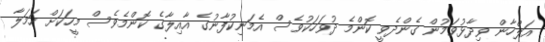
އަލްހާން ވިދާޅުވަމުން ގެންދެވީ ކޮންމެ ދުވަހަކުވެސް އެމަނިކުފާނުގެ އާއިލާގެ ކޮންމެވެސް މީހަކަށް ހަމަލާ